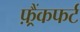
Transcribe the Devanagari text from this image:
फ़्रैंकफर्ट